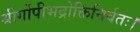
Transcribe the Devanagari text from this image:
श्रीर्गोपीभद्रोक्तिनिर्वतः।